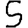
Digit: 5